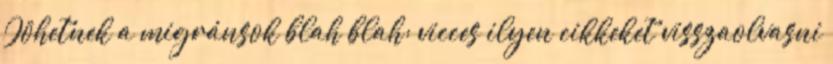
Jöhetnek a migránsok blah blah: vicces ilyen cikkeket visszaolvasni